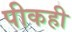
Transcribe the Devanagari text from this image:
पीकही